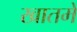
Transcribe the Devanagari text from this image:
खातमें